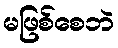
မဖြစ်စေဘဲ